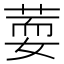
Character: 𦵘